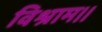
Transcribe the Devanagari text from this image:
विश्राम।।